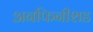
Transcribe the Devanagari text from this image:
अनफिनीशड